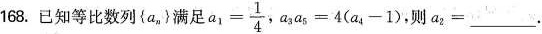
168.已知等比数列{a_{n}}满足$$a _ { 1 } = \frac { 1 } { 4 }$$，$$a _ { 3 } a _ { 5 } = 4 ( a _ { 4 } - 1 )$$ 则$$a _ { 2 } =___$$.